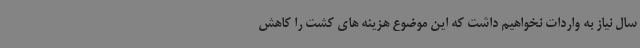
سال نیاز به واردات نخواهیم داشت که این موضوع هزینه های کشت را کاهش